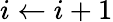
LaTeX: i\gets i+1